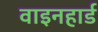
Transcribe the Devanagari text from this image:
वाइनहार्ड